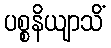
ပစ္စနိယျာသိံ